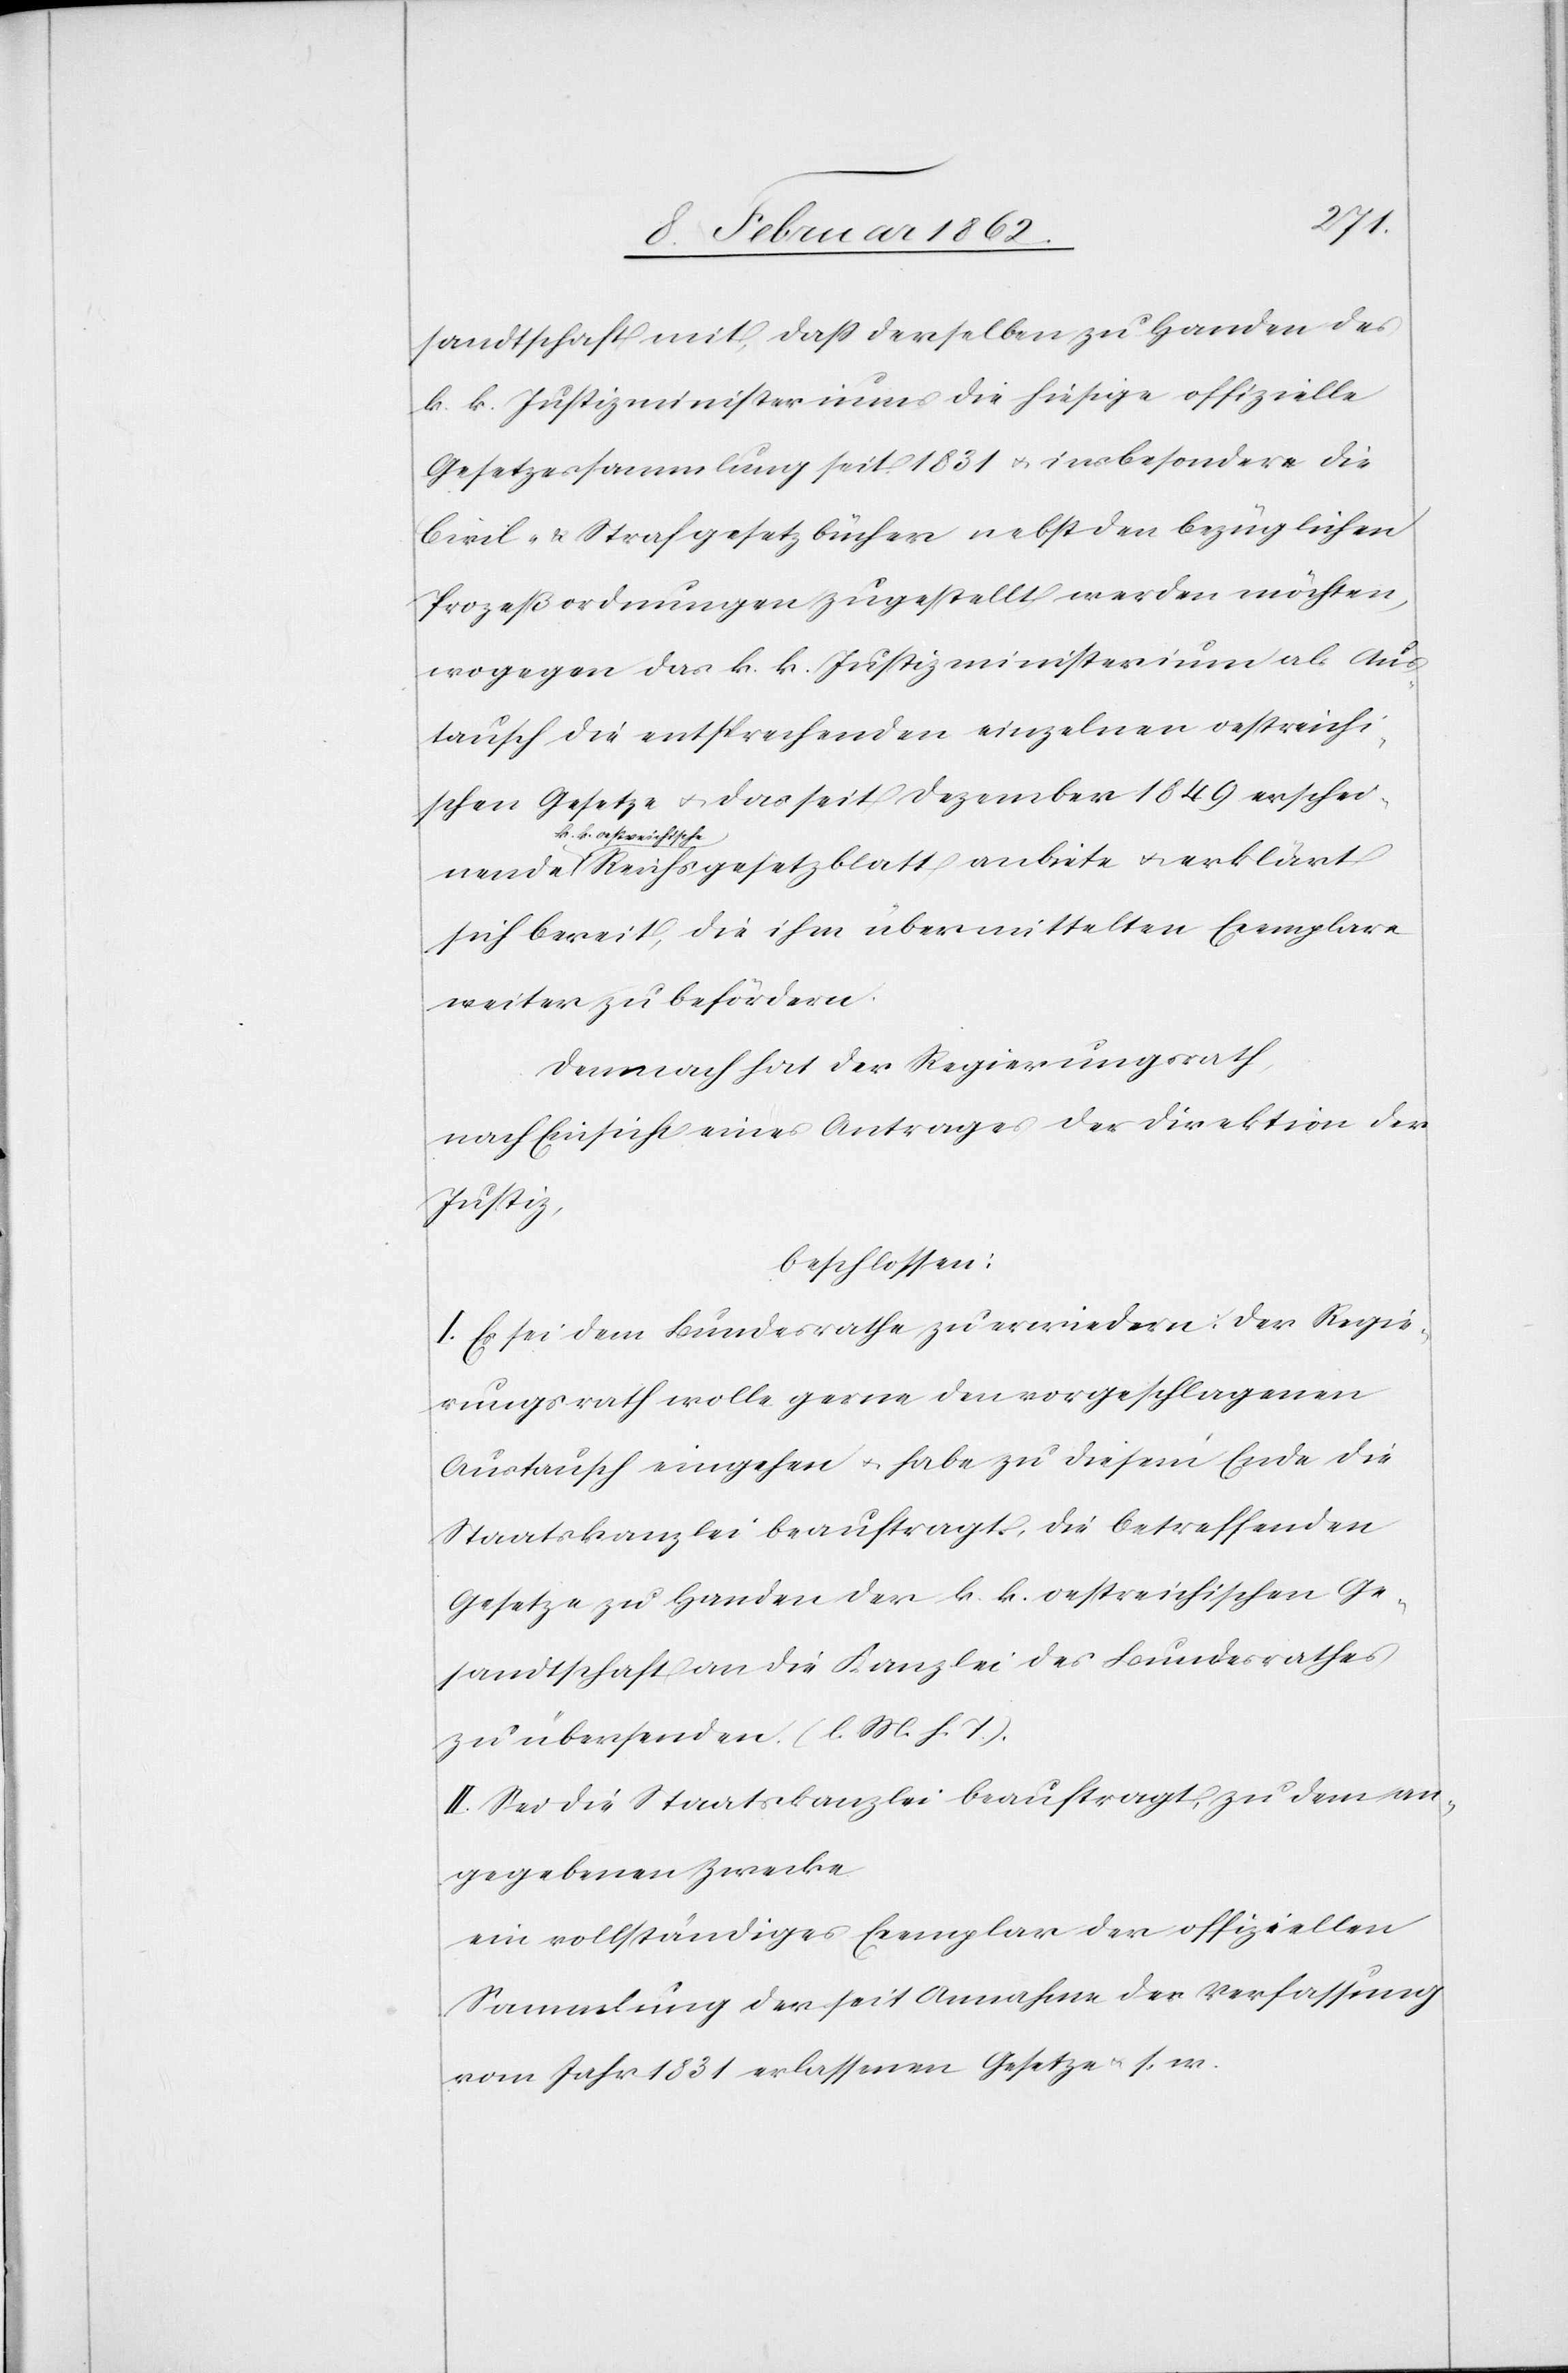
ende
sandtschaft mit, daß derselben zu Handen des
k. k. Justizministeriums die hiesige offizielle
Gesetzessammlung seit 1831 u. insbesondere die
Civil- & Strafgesetzbücher nebst den bezüglichen
Prozeßordnungen zugestellt werden möchten,
wogegen das k. k. Justizministerium als Aus¬
tausch die entsprechenden einzelnen oestreichi¬
schen Gesetze u. das seit Dezember 1849 entscheid¬
k. oestreichisch¬
e-a Reichsgesetzblatt anbiete u. erklärt
sich bereit, die ihm übermittelten Exemplare
weiter zu befördern.
Demnach hat der Regierungsrath,
nach Einsicht eines Antrages der Direktion der
Justiz,
beschlossen:
I. Es sei dem Bundesrathe zu erwiedern: Der Regie¬
rungsrath wolle gerne den vorgeschlagenen
Austausch eingehen u. habe zu diesem Ende die
Staatskanzlei beauftragt, die betreffenden
Gesetze zu Handen der k. k. oestreichischen Ge¬
sandtschaft an die Kanzlei des Bundesrathes
zu übersenden. (l. M. h. T.).
II. Sei die Staatskanzlei beauftragt, zu dem an¬
gegebenen Zwecke
ein vollständiges Exemplar der offiziellen
Sammlung der seit Annahme der Verfassung
vom Jahr 1831 erlassenen Gesetze u. s. w.